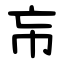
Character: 㠵